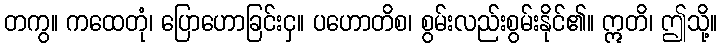
တကွ။ ကထေတုံ၊ ပြောဟောခြင်းငှ။ ပဟောတိစ၊ စွမ်းလည်းစွမ်းနိုင်၏။ ဣတိ၊ ဤသို့။